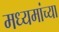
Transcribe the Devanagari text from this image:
मध्यमांच्या